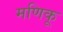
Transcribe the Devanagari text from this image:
मणिकू